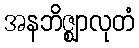
အနဘိဇ္ဈာလုတံ